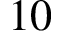
1 0